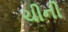
ચીની